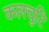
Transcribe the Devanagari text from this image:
कलचुटि